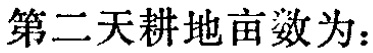
第二天耕地亩数为：